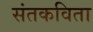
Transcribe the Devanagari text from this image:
संतकविता